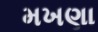
મખણા